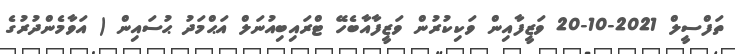
ތަފްސީލް 2021-10-20 ވަޒީފާއިން ވަކިކުރުން ވަޒީފާއާބެހޭ ޓްރައިބިއުނަލް އަޙްމަދު ޙުސައިން ( އަވާމެންދުރުގެ